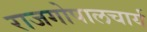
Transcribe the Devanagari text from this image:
राजगोपालचार्य